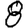
Digit: 8